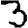
Digit: 3